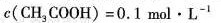
c (C H_{3} C O O H) = 0.1 m o l \cdot L^{-1}$$